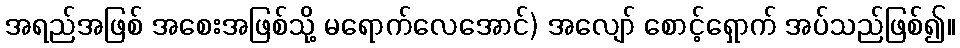
အရည်အဖြစ် အစေးအဖြစ်သို့ မရောက်လေအောင်) အလျော် စောင့်ရှောက် အပ်သည်ဖြစ်၍။